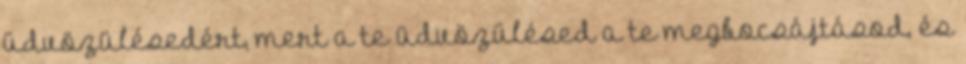
üdvözülésedért, mert a te üdvözülésed a te megbocsájtásod, és